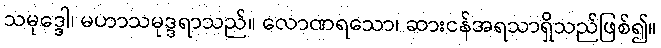
သမုဒ္ဒေါ၊ မဟာသမုဒ္ဒရာသည်။ လောဏရသော၊ ဆားငန်အရသာရှိသည်ဖြစ်၍။